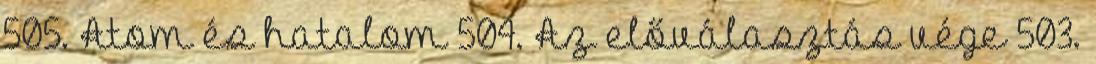
505. Atom és hatalom 504. Az előválasztás vége 503.